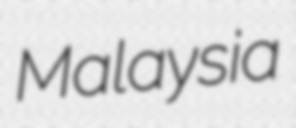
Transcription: Malaysia